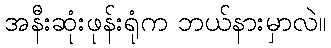
အနီးဆုံးဖုန်းရုံက ဘယ်နားမှာလဲ။